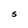
Character: S